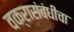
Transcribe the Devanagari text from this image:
वक्रासंबंधीचा